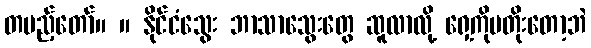
တပည့်တော်။ ။ နိုင်ငံသွေး ဘာသာသွေးတွေ ဆူလာလို့ ရှေ့ကိုမတိုးတော့ဘဲ